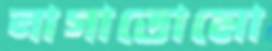
নাগাতোমো